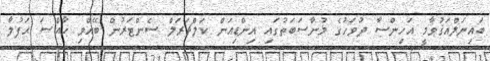
ބައިނަލްއަޤުވާމީ އަހިންސާ ދުވަހުގެ މުނާސަބަތުގައި އިންޑިއަން ކަލްޗަރަލް ސެންޓަރުން ބޭއްވި ޚާއްޞަ ޙަފުލާ